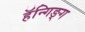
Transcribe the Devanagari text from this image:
हॅन्गिङ्ग